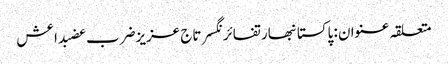
متعلقہ عنوان : پاکستانبھارتفائرنگسرتاج عزیزضرب عضبداعش